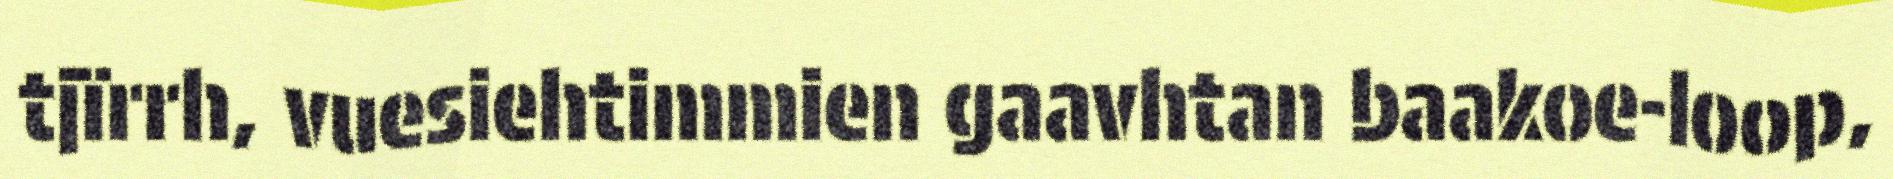
tjïrrh, vuesiehtimmien gaavhtan baakoe-loop,